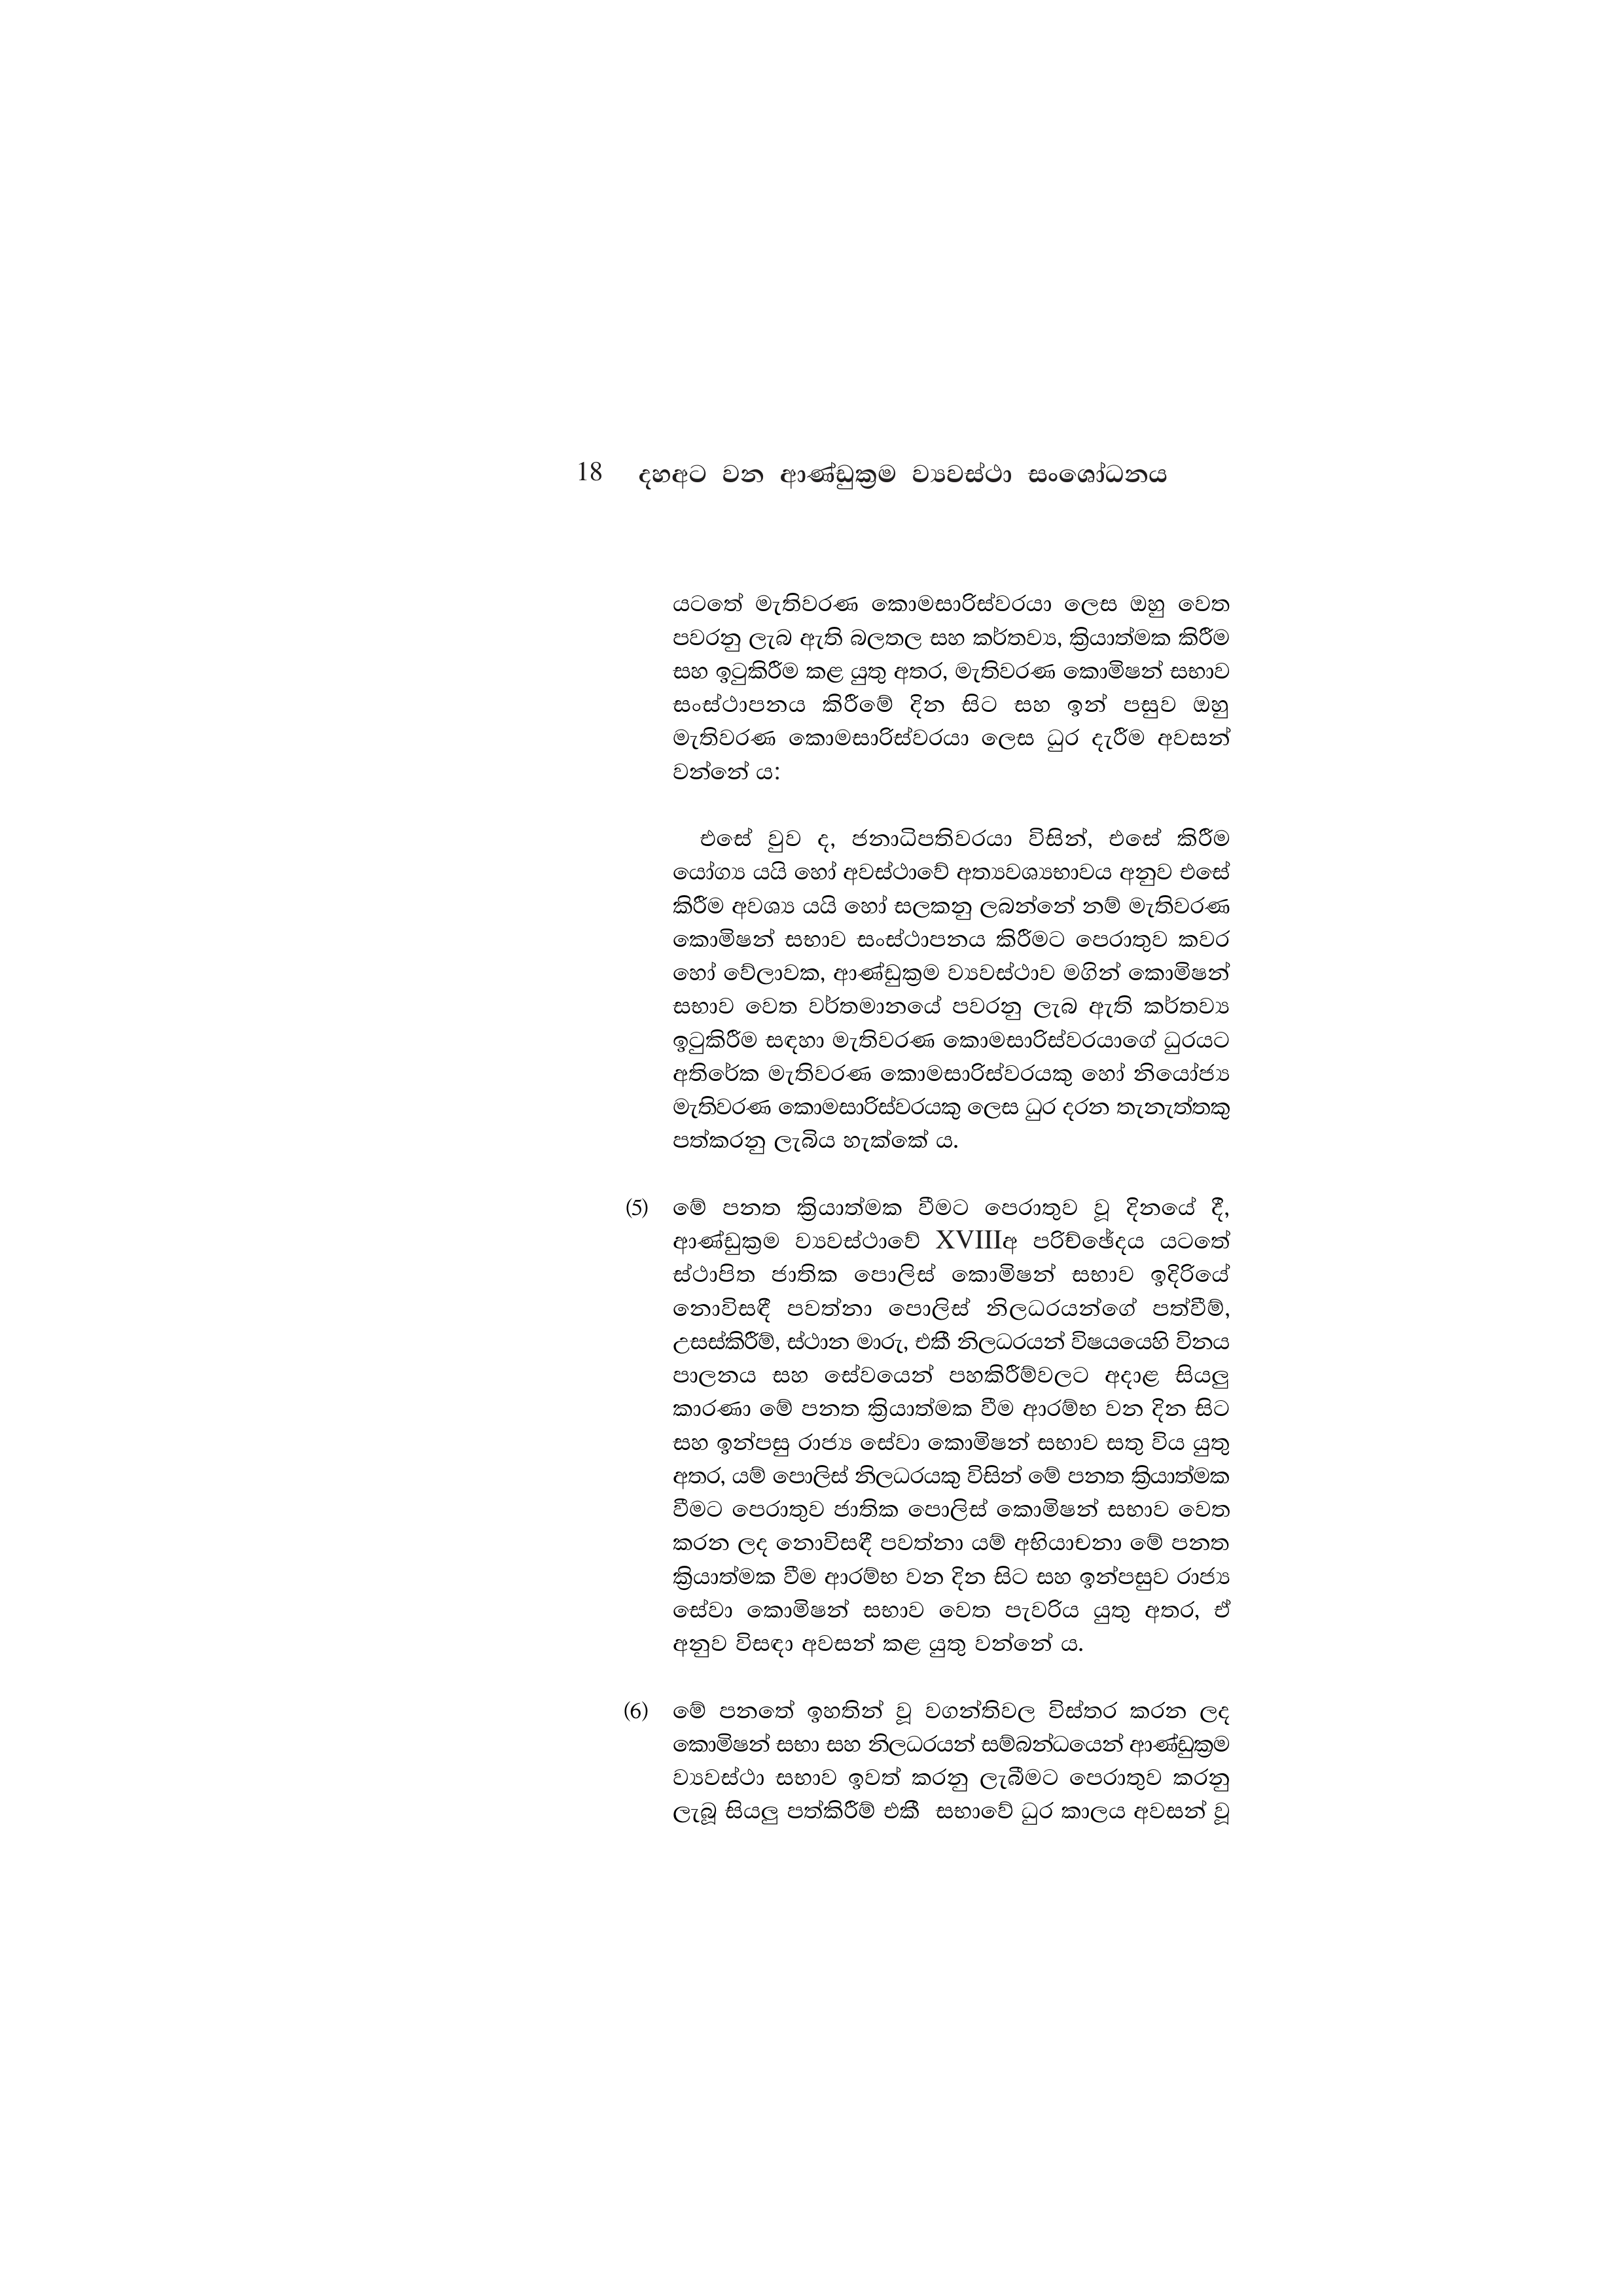
18 දහඅට වන ආණ්ඩුක්‍රම ව්‍යවස්ථා සංශෝධනය

යටතේ මැතිවරණ කොමසාරිස්වරයා ලෙස ඔහු වෙත
පවරනු ලැබ ඇති බලතල සහ කර්තව්‍ය, ක්‍රියාත්මක කිරීම
සහ ඉටුකිරීම කළ යුතු අතර, මැතිවරණ කොමිෂන් සභාව
සංස්ථාපනය කිරීමේ දින සිට සහ ඉන් පසුව ඔහු
මැතිවරණ කොමසාරිස්වරයා ලෙස ධුර දැරීම අවසන්
වන්නේ ය:

එසේ වුව ද, ජනාධිපතිවරයා විසින්, එසේ කිරීම
යෝග්‍ය යයි හෝ අවස්ථාවේ අත්‍යවශ්‍යභාවය අනුව එසේ
කිරීම අවශ්‍ය යයි හෝ සලකනු ලබන්නේ නම් මැතිවරණ
කොමිෂන් සභාව සංස්ථාපනය කිරීමට පෙරාතුව කවර
හෝ වේලාවක, ආණ්ඩුක්‍රම ව්‍යවස්ථාව මගින් කොමිෂන්
සභාව වෙත වර්තමානයේ පවරනු ලැබ ඇති කර්තව්‍ය
ඉටුකිරීම සඳහා මැතිවරණ කොමසාරිස්වරයාගේ ධුරයට
අතිරේක මැතිවරණ කොමසාරිස්වරයකු හෝ නියෝජ්‍ය
මැතිවරණ කොමසාරිස්වරයකු ලෙස ධුර දරන තැනැත්තකු
පත්කරනු ලැබිය හැක්කේ ය.

(5)  මේ පනත ක්‍රියාත්මක වීමට පෙරාතුව වූ දිනයේ දී,
ආණ්ඩුක්‍රම ව්‍යවස්ථාවේ XVIIIඅ පරිච්ඡේදය යටතේ
ස්ථාපිත ජාතික පොලිස් කොමිෂන් සභාව ඉදිරියේ
නොවිසඳී පවත්නා පොලිස් නිලධරයන්ගේ පත්වීම්,
උසස්කිරීම්, ස්ථාන මාරු, එකී නිලධරයන් විෂයයෙහි විනය
පාලනය සහ සේවයෙන් පහකිරීම්වලට අදාළ සියලු
කාරණා මේ පනත ක්‍රියාත්මක වීම ආරම්භ වන දින සිට
සහ ඉන්පසු රාජ්‍ය සේවා කොමිෂන් සභාව සතු විය යුතු
අතර, යම් පොලිස් නිලධරයකු විසින් මේ පනත ක්‍රියාත්මක
වීමට පෙරාතුව ජාතික පොලිස් කොමිෂන් සභාව වෙත
කරන ලද නොවිසඳී පවත්නා යම් අභියාචනා මේ පනත
ක්‍රියාත්මක වීම ආරම්භ වන දින සිට සහ ඉන්පසුව රාජ්‍ය
සේවා කොමිෂන් සභාව වෙත පැවරිය යුතු අතර, ඒ
අනුව විසඳා අවසන් කළ යුතු වන්නේ ය.

(6) මේ පනතේ ඉහතින් වූ වගන්තිවල විස්තර කරන ලද
කොමිෂන් සභා සහ නිලධරයන් සම්බන්ධයෙන් ආණ්ඩුක්‍රම
ව්‍යවස්ථා සභාව ඉවත් කරනු ලැබීමට පෙරාතුව කරනු
ලැබූ සියලු පත්කිරීම් එකී සභාවේ ධුර කාලය අවසන් වූ